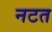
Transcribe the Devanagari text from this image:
नटत